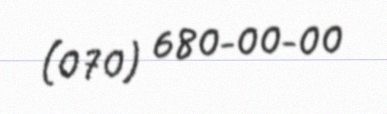
(070) 680-00-00